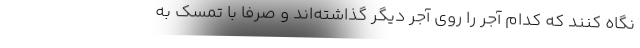
نگاه کنند که کدام آجر را روی آجر دیگر گذاشته‌اند و صرفا با تمسک به